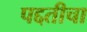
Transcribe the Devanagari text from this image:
पद्दतीचा